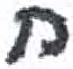
אות: ח